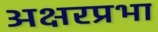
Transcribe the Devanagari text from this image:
अक्षरप्रभा